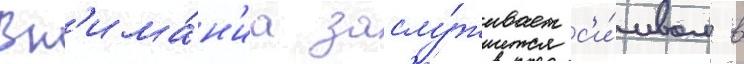
Вн'има́н'иа заслу́живает с'и́мвол в